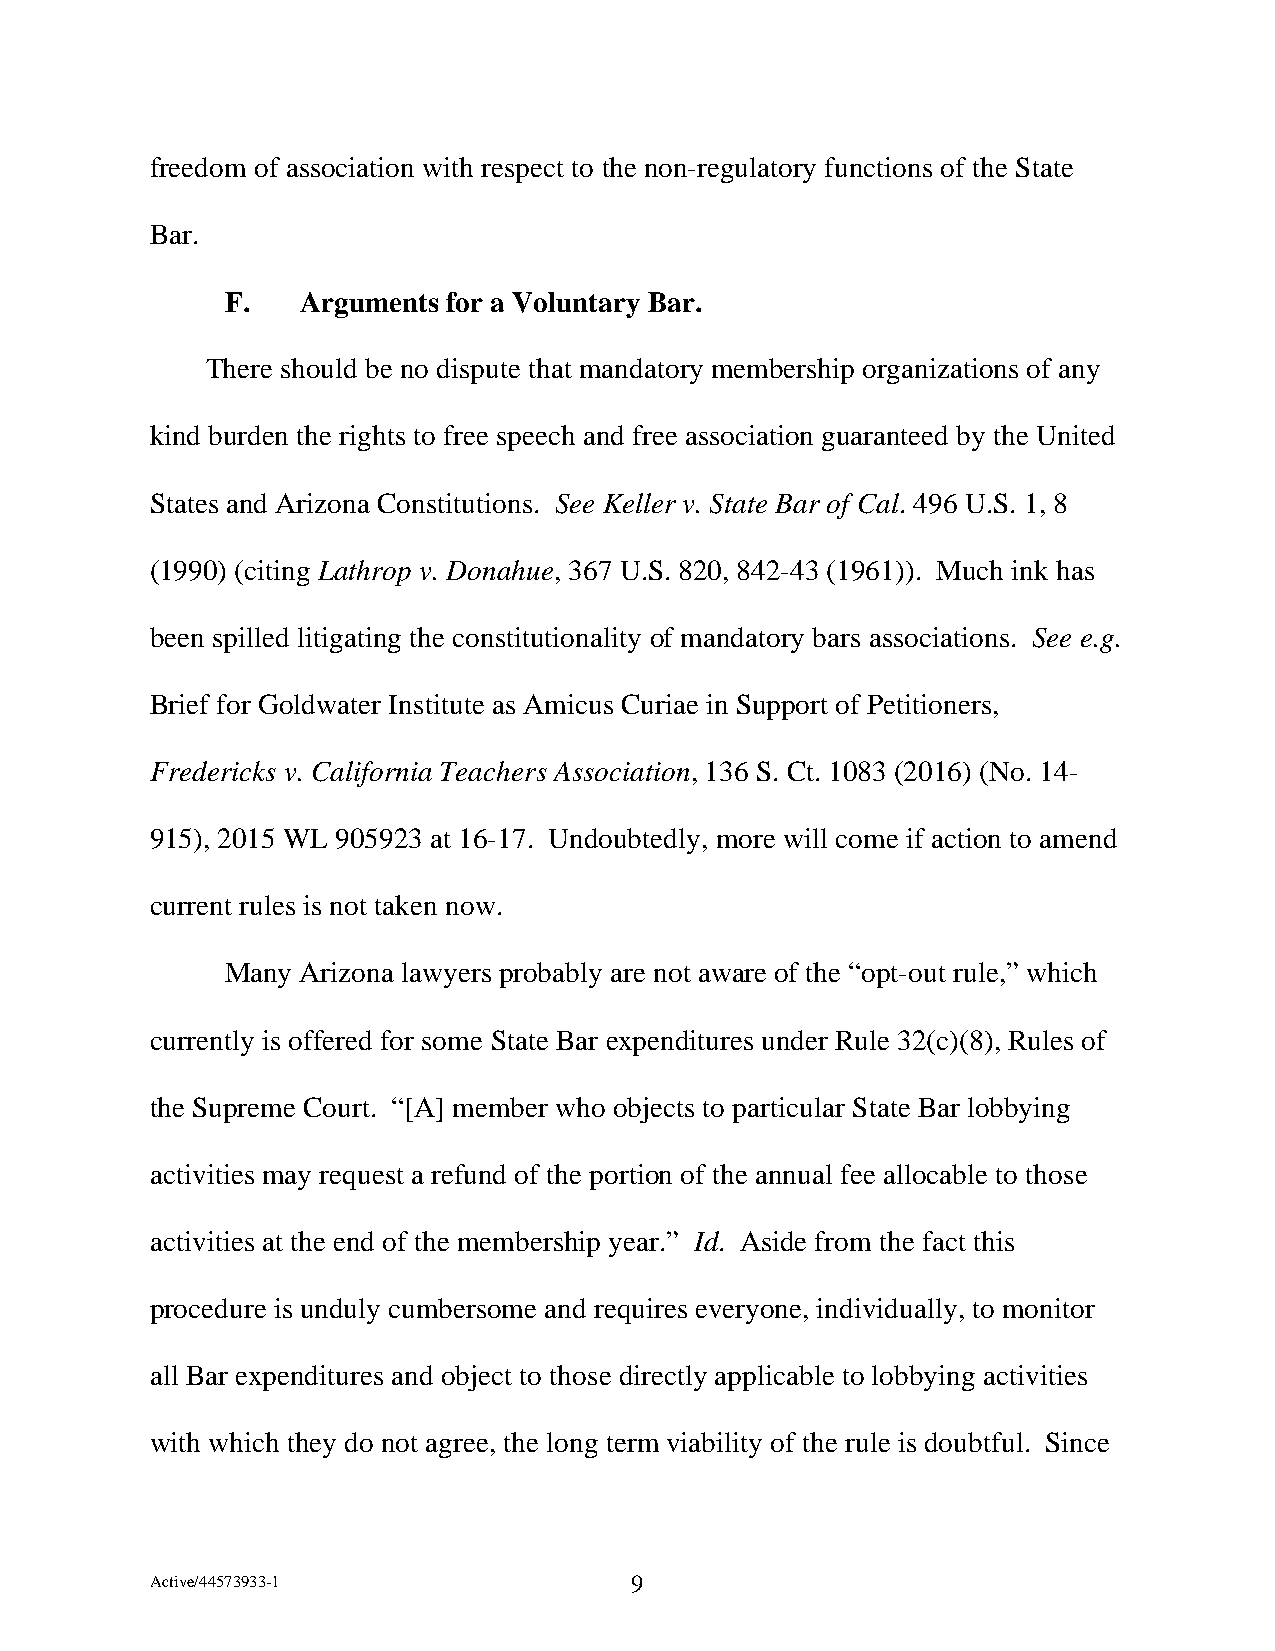
freedom of association with respect to the non-regulatory functions of the State
 Bar.
 F.   Arguments for a Voluntary Bar.
 There should be no dispute that mandatory membership organizations of any
 kind burden the rights to free speech and free association guaranteed by the United
 States and Arizona Constitutions. See Keller v. State Bar of Cal. 496 U.S. 1, 8
 (1990) (citing Lathrop v. Donahue, 367 U.S. 820, 842-43 (1961)). Much ink has
 been spilled litigating the constitutionality of mandatory bars associations. See e.g.
 Brief for Goldwater Institute as Amicus Curiae in Support of Petitioners,
 Fredericks v. California Teachers Association, 136 S. Ct. 1083 (2016) (No. 14-
 915), 2015 WL 905923 at 16-17. Undoubtedly, more will come if action to amend
 current rules is not taken now.
 Many Arizona lawyers probably are not aware of the “opt-out rule,” which
 currently is offered for some State Bar expenditures under Rule 32(c)(8), Rules of
 the Supreme Court. “[A] member who objects to particular State Bar lobbying
 activities may request a refund of the portion of the annual fee allocable to those
 activities at the end of the membership year.” Id. Aside from the fact this
 procedure is unduly cumbersome and requires everyone, individually, to monitor
 all Bar expenditures and object to those directly applicable to lobbying activities
 with which they do not agree, the long term viability of the rule is doubtful. Since
 Active/44573933-1               9